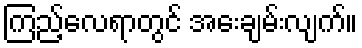
ကြည့်လေရာတွင် အေးချမ်းလျက်။